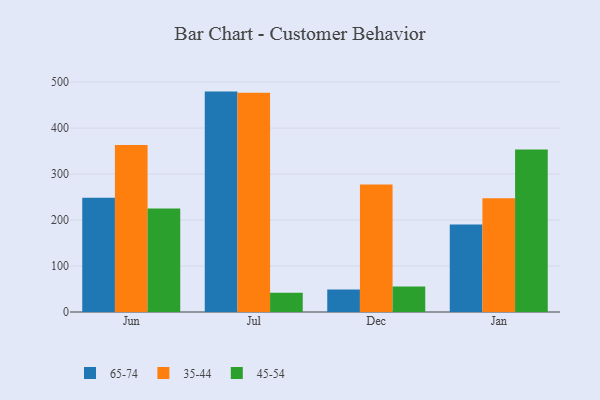
{"axis": {"x": "Month", "y": "Waste Production (Tons)"}, "legend": ["35-44", "45-54", "65-74"], "data": [{"x": "Jun", "y": 248.6, "type": "65-74"}, {"x": "Jun", "y": 363.1, "type": "35-44"}, {"x": "Jun", "y": 224.9, "type": "45-54"}, {"x": "Jul", "y": 479.3, "type": "65-74"}, {"x": "Jul", "y": 476.6, "type": "35-44"}, {"x": "Jul", "y": 42.1, "type": "45-54"}, {"x": "Dec", "y": 48.7, "type": "65-74"}, {"x": "Dec", "y": 277.2, "type": "35-44"}, {"x": "Dec", "y": 55.7, "type": "45-54"}, {"x": "Jan", "y": 190.1, "type": "65-74"}, {"x": "Jan", "y": 247.4, "type": "35-44"}, {"x": "Jan", "y": 353.4, "type": "45-54"}]}